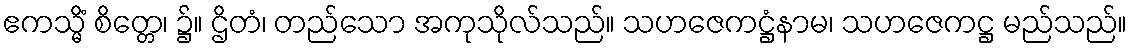
ဧကသ္မိံ စိတ္တေ၊ ၌။ ဌိတံ၊ တည်သော အကုသိုလ်သည်။ သဟဇေကဋ္ဌံနာမ၊ သဟဇေကဋ္ဌ မည်သည်။